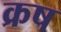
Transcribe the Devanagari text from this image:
क्रष